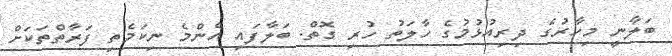
ބަލާނީ މިހާރުގެ ދިރިއުޅުމުގެ ހާލަތު ހުރި ގޮތް. ބަލާފައި އެންމެ ނިކަމެތި ފަރާތްތަކަށް